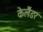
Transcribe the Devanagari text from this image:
केलैंडर